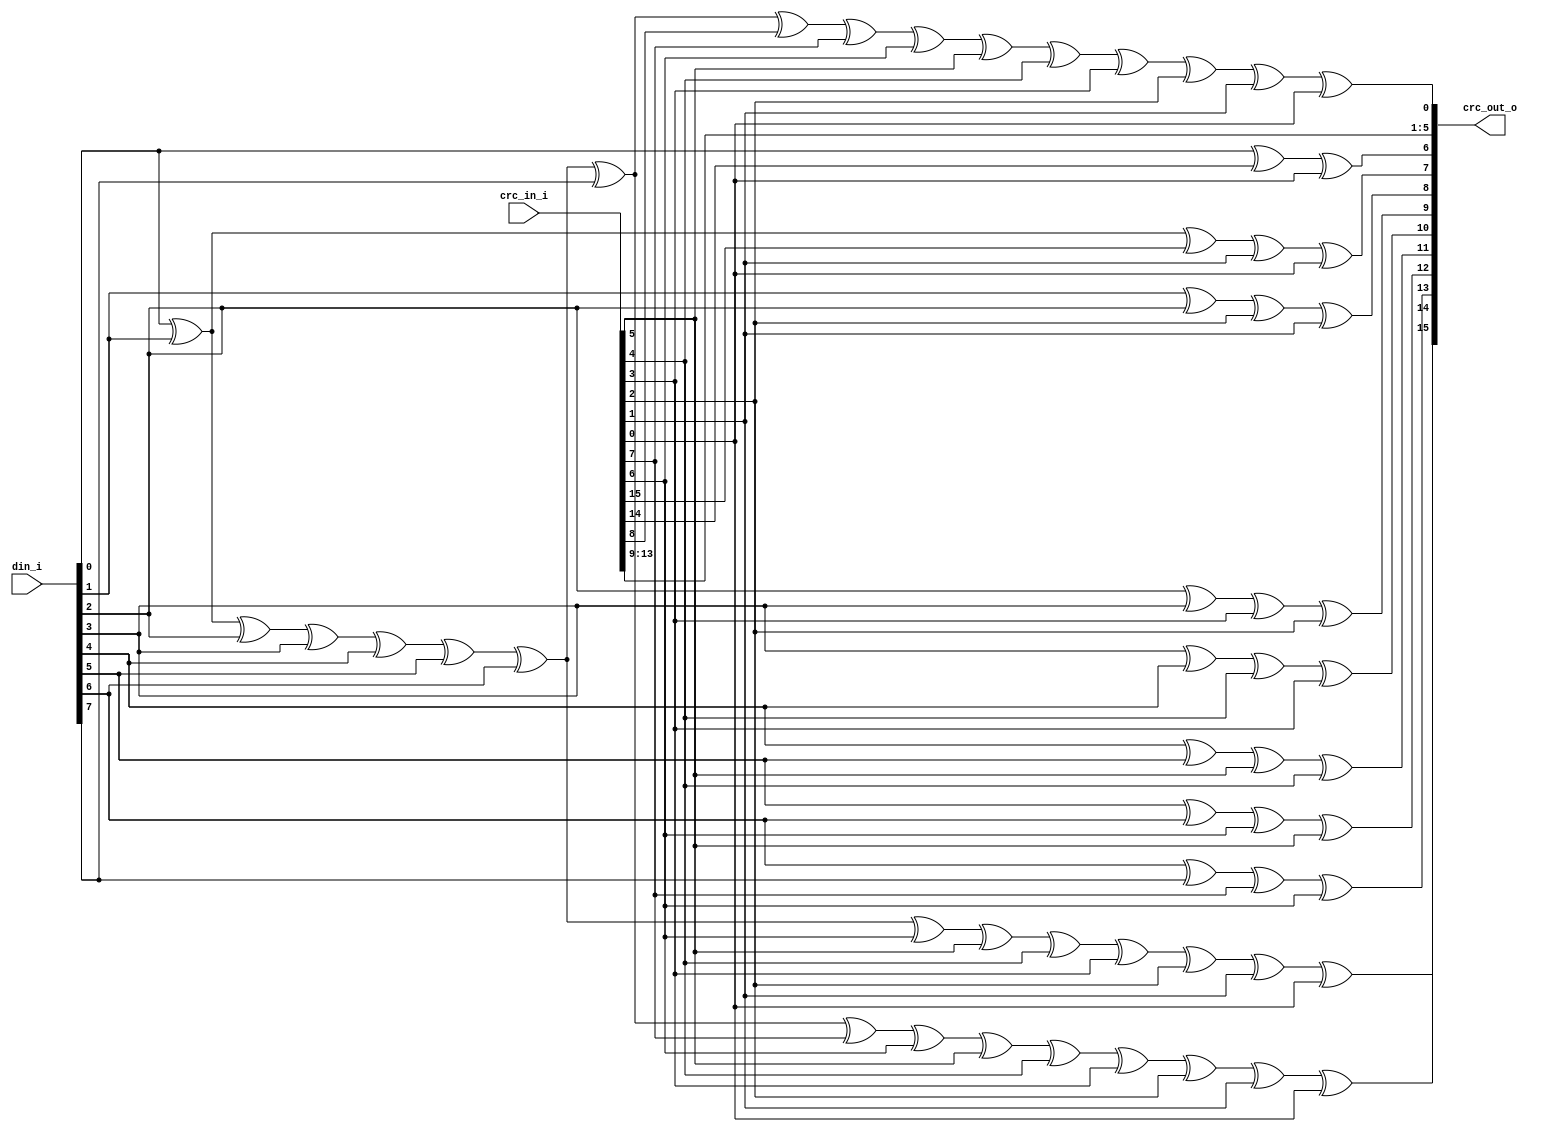
//-----------------------------------------------------------------
//                       USB CDC Device
//                            V0.1
//                     Ultra-Embedded.com
//                     Copyright 2014-2019
//
//
//                         License: LGPL
//-----------------------------------------------------------------
//
// This source file may be used and distributed without         
// restriction provided that this copyright statement is not    
// removed from the file and that any derivative work contains  
// the original copyright notice and the associated disclaimer. 
//
// This source file is free software; you can redistribute it   
// and/or modify it under the terms of the GNU Lesser General   
// Public License as published by the Free Software Foundation; 
// either version 2.1 of the License, or (at your option) any   
// later version.
//
// This source is distributed in the hope that it will be       
// useful, but WITHOUT ANY WARRANTY; without even the implied   
// warranty of MERCHANTABILITY or FITNESS FOR A PARTICULAR      
// PURPOSE.  See the GNU Lesser General Public License for more 
// details.
//
// You should have received a copy of the GNU Lesser General    
// Public License along with this source; if not, write to the 
// Free Software Foundation, Inc., 59 Temple Place, Suite 330, 
// Boston, MA  02111-1307  USA
//-----------------------------------------------------------------

//-----------------------------------------------------------------
//                          Generated File
//-----------------------------------------------------------------

module usbf_crc16
(
    // Inputs
     input  [ 15:0]  crc_in_i
    ,input  [  7:0]  din_i

    // Outputs
    ,output [ 15:0]  crc_out_o
);



//-----------------------------------------------------------------
// Logic
//-----------------------------------------------------------------
assign crc_out_o[15] =    din_i[0] ^ din_i[1] ^ din_i[2] ^ din_i[3] ^ din_i[4] ^ din_i[5] ^ din_i[6] ^ din_i[7] ^ 
                        crc_in_i[7] ^ crc_in_i[6] ^ crc_in_i[5] ^ crc_in_i[4] ^ crc_in_i[3] ^ crc_in_i[2] ^ crc_in_i[1] ^ crc_in_i[0];
assign crc_out_o[14] =    din_i[0] ^ din_i[1] ^ din_i[2] ^ din_i[3] ^ din_i[4] ^ din_i[5] ^ din_i[6] ^
                        crc_in_i[6] ^ crc_in_i[5] ^ crc_in_i[4] ^ crc_in_i[3] ^ crc_in_i[2] ^ crc_in_i[1] ^ crc_in_i[0];
assign crc_out_o[13] =    din_i[6] ^ din_i[7] ^ 
                        crc_in_i[7] ^ crc_in_i[6];
assign crc_out_o[12] =    din_i[5] ^ din_i[6] ^ 
                        crc_in_i[6] ^ crc_in_i[5];
assign crc_out_o[11] =    din_i[4] ^ din_i[5] ^ 
                        crc_in_i[5] ^ crc_in_i[4];
assign crc_out_o[10] =    din_i[3] ^ din_i[4] ^ 
                        crc_in_i[4] ^ crc_in_i[3];
assign crc_out_o[9] =     din_i[2] ^ din_i[3] ^ 
                        crc_in_i[3] ^ crc_in_i[2];
assign crc_out_o[8] =     din_i[1] ^ din_i[2] ^ 
                        crc_in_i[2] ^ crc_in_i[1];
assign crc_out_o[7] =     din_i[0] ^ din_i[1] ^ 
                        crc_in_i[15] ^ crc_in_i[1] ^ crc_in_i[0];
assign crc_out_o[6] =     din_i[0] ^ 
                        crc_in_i[14] ^ crc_in_i[0];
assign crc_out_o[5] =     crc_in_i[13];
assign crc_out_o[4] =     crc_in_i[12];
assign crc_out_o[3] =     crc_in_i[11];
assign crc_out_o[2] =     crc_in_i[10];
assign crc_out_o[1] =     crc_in_i[9];
assign crc_out_o[0] =     din_i[0] ^ din_i[1] ^ din_i[2] ^ din_i[3] ^ din_i[4] ^ din_i[5] ^ din_i[6] ^ din_i[7] ^
                        crc_in_i[8] ^ crc_in_i[7] ^ crc_in_i[6] ^ crc_in_i[5] ^ crc_in_i[4] ^ crc_in_i[3] ^ crc_in_i[2] ^ crc_in_i[1] ^ crc_in_i[0];


endmodule